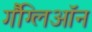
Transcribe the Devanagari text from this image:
गैंग्लिऑन